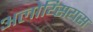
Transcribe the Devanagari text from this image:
अलोय्सियस